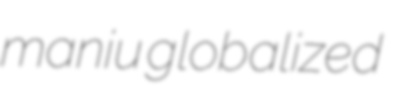
maniu globalized